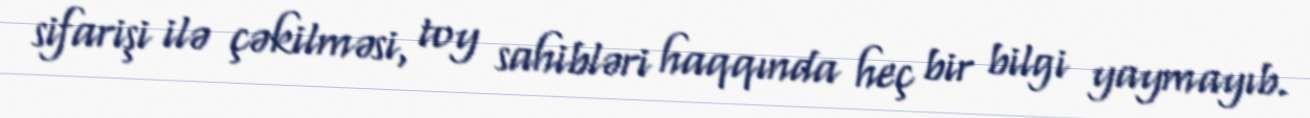
sifarişi ilə çəkilməsi, toy sahibləri haqqında heç bir bilgi yaymayıb.